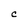
Character: C